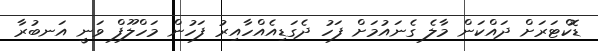
ޑޮކްޓަރަށް ދައްކަން މާލެ ގެނައުމަށް ފަހު ދެގަޑިއެއްހާއިރު ފަހުން މަހްލޫފް ވަނީ އަނބުރާ